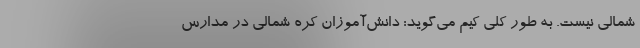
شمالی نیست. به طور کلی کیم می‌‌‌گوید: دانش‌‌آموزان کره شمالی در مدارس